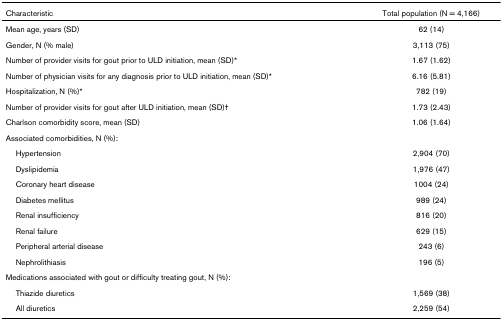
<table><thead><tr><td><b>Characteristic</b></td><td><b>Total population (N = 4,166)</b></td></tr></thead><tbody><tr><td>Mean age, years (SD)</td><td>62 (14)</td></tr><tr><td>Gender, N (% male)</td><td>3,113 (75)</td></tr><tr><td>Number of provider visits for gout prior to ULD initiation, mean (SD)*</td><td>1.67 (1.62)</td></tr><tr><td>Number of physician visits for any diagnosis prior to ULD initiation, mean (SD)*</td><td>6.16 (5.81)</td></tr><tr><td>Hospitalization, N (%)*</td><td>782 (19)</td></tr><tr><td>Number of provider visits for gout after ULD initiation, mean (SD)†</td><td>1.73 (2.43)</td></tr><tr><td>Charlson comorbidity score, mean (SD)</td><td>1.06 (1.64)</td></tr><tr><td>Associated comorbidities, N (%):</td><td></td></tr><tr><td> Hypertension</td><td>2,904 (70)</td></tr><tr><td> Dyslipidemia</td><td>1,976 (47)</td></tr><tr><td> Coronary heart disease</td><td>1004 (24)</td></tr><tr><td> Diabetes mellitus</td><td>989 (24)</td></tr><tr><td> Renal insufficiency</td><td>816 (20)</td></tr><tr><td> Renal failure</td><td>629 (15)</td></tr><tr><td> Peripheral arterial disease</td><td>243 (6)</td></tr><tr><td> Nephrolithiasis</td><td>196 (5)</td></tr><tr><td>Medications associated with gout or difficulty treating gout, N (%):</td><td></td></tr><tr><td> Thiazide diuretics</td><td>1,569 (38)</td></tr><tr><td> All diuretics</td><td>2,259 (54)</td></tr></tbody></table>